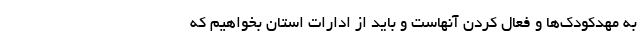
به مهدکودک‌ها و فعال کردن آنهاست و باید از ادارات استان بخواهیم که